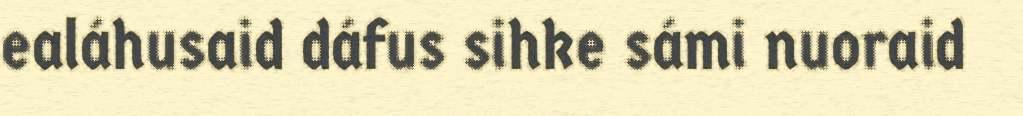
ealáhusaid dáfus sihke sámi nuoraid